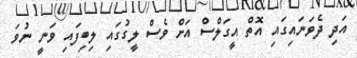
އަދި ދެވަނައިގައި އޮތް އީގަލްސް އަށް ވެސް ލީގުގައި ލިބިފައި ވަނީ ނުވަ